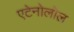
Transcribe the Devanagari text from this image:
एटेनोलोल